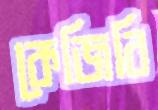
কেজিবি